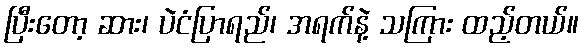
ပြီးတော့ ဆား၊ ပဲငံပြာရည်၊ အရက်နဲ့ သကြား ထည့်တယ်။